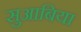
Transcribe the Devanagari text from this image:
सुआबिया